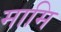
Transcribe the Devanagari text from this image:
मामि